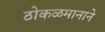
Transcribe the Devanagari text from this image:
ठोकळमानाने